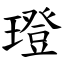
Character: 璒